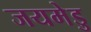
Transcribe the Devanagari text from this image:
जयमेडु